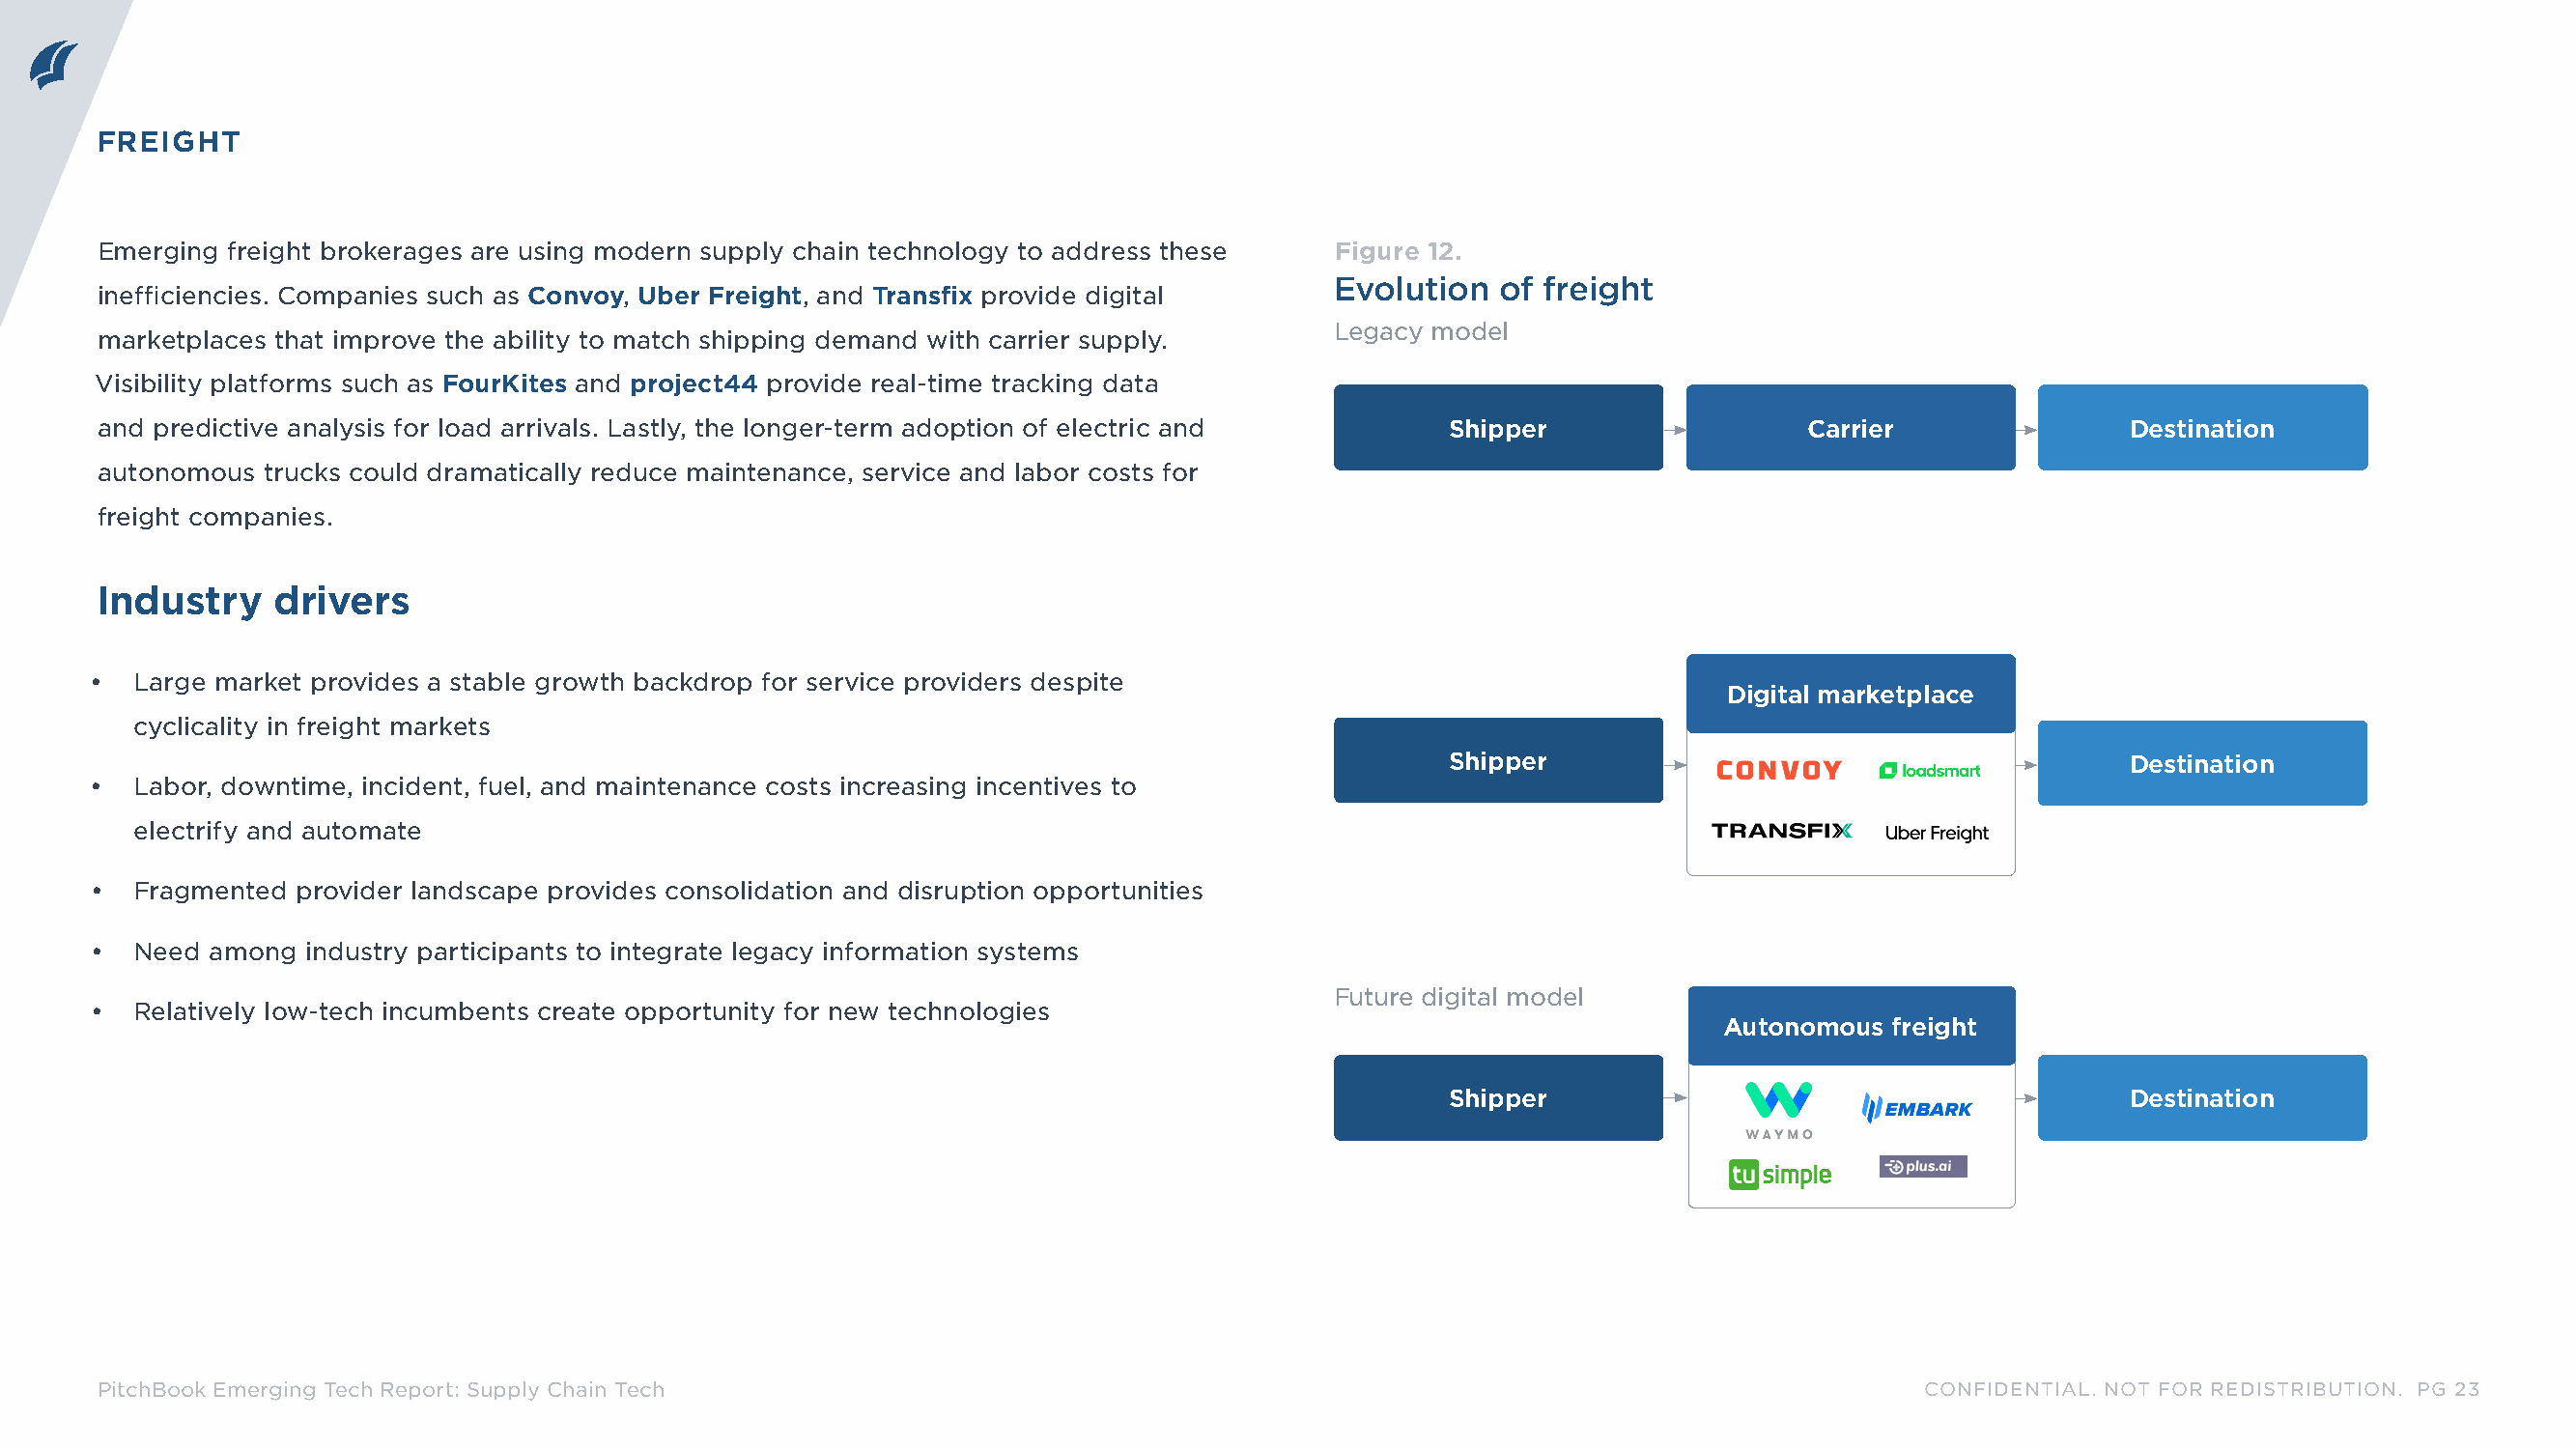
FREIGHT
 Emerging freight brokerages are using modern supply chain technology to address these Figure 12.
 Evolution   of freight
 inefficiencies. Companies such as Convoy, Uber Freight, and Transfix provide digital
 Legacy model
 marketplaces that improve the ability to match shipping demand with carrier supply.
 Visibility platforms such as FourKites and project44 provide real-time tracking data
 and predictive analysis for load arrivals. Lastly, the longer-term adoption of electric and Shipper                  Carrier               Destination
 autonomous trucks could dramatically reduce maintenance, service and labor costs for
 freight companies.
 Industry    drivers
 •  Large market provides a stable growth backdrop for service providers despite
 Digital marketplace
 cyclicality in freight markets
 Shipper                                        Destination
 •  Labor, downtime, incident, fuel, and maintenance costs increasing incentives to
 electrify and automate
 •  Fragmented provider landscape provides consolidation and disruption opportunities
 •  Need among  industry participants to integrate legacy information systems
 Future digital model
 •  Relatively low-tech incumbents create opportunity for new technologies
 Autonomous  freight
 Shipper                                        Destination
 PitchBook Emerging Tech Report: Supply Chain Tech                                                                            CONFIDENTIAL. NOT FOR REDISTRIBUTION. PG 23